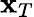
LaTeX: \mathbf{x}_{T}